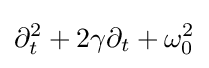
\partial _{t}^{2}+2\gamma \partial _{t}+\omega _{0}^{2}